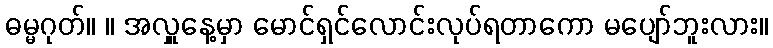
ဓမ္မဂုတ်။ ။ အလှူနေ့မှာ မောင်ရှင်လောင်းလုပ်ရတာကော မပျော်ဘူးလား။